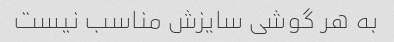
به هر گوشی سایزش مناسب نیست